Rangoon Lunatic Asylum 1898-1906 - 1898-1906
Year: 1898
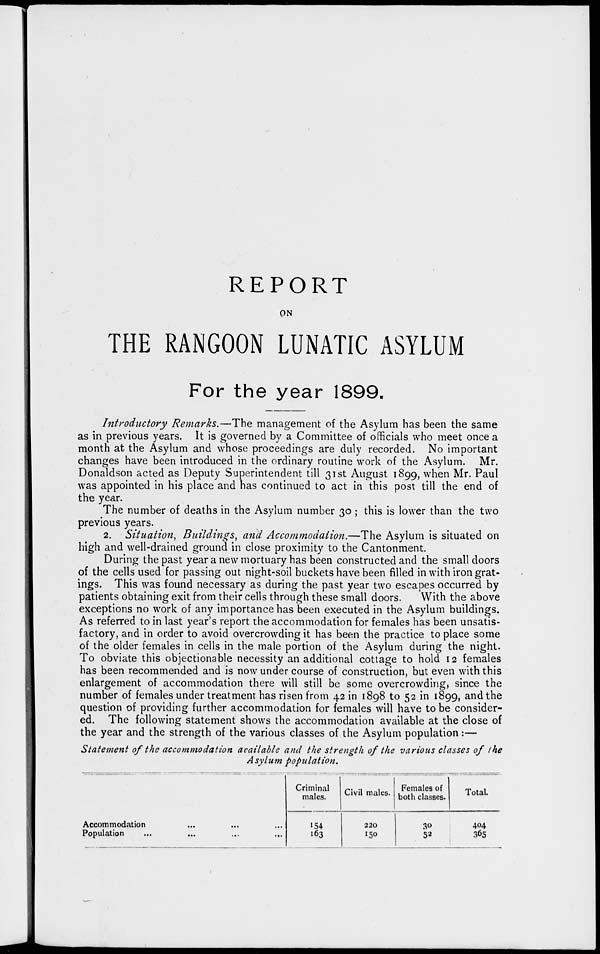
REPORT
ON
THE RANGOON LUNATIC ASYLUM
For the year 1899.
Introductory Remarks.—The management of the Asylum has been the same
as in previous years. It is governed by a Committee of officials who meet once a
month at the Asylum and whose proceedings are duly recorded. No important
changes have been introduced in the ordinary routine work of the Asylum. Mr.
Donaldson acted as Deputy Superintendent till 31st August 1899, when Mr. Paul
was appointed in his place and has continued to act in this post till the end of
the year.
The number of deaths in the Asylum number 30 ; this is lower than the two
previous years.
2. Situation, Buildings, and Accommodation.—The Asylum is situated on
high and well-drained ground in close proximity to the Cantonment.
During the past year a new mortuary has been constructed and the small doors
of the cells used for passing out night-soil buckets have been filled in with iron grat-
ings. This was found necessary as during the past year two escapes occurred by
patients obtaining exit from their cells through these small doors.
With the above
exceptions no work of any importance has been executed in the Asylum buildings.
As referred to in last year's report the accommodation for females has been unsatis-
factory, and in order to avoid overcrowding it has been the practice to place some
of the older females in cells in the male portion of the Asylum during the night.
To obviate this objectionable necessity an additional cottage to hold 12 females
has been recommended and is now under course of construction, but even with this
enlargement of accommodation there will still be some overcrowding, since the
number of females under treatment has risen from 42 in 1898 to 52 in 1899, and the
question of providing further accommodation for females will have to be consider-
ed. The following statement shows the accommodation available at the close of
the year and the strength of the various classes of the Asylum population :—
Statement of the accommodation available and the strength of the various classes of the
Asylum population.
Accommodation ... ... ...
Population ... ... ... ...
Criminal
males.
154
163
Civil males.
220
150
Females of
both classes.
30
52
Total.
404
365